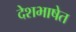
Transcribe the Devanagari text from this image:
देशभाषेत